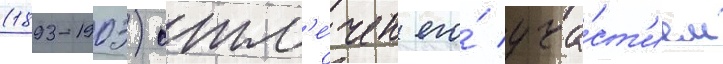
(1893-1903) отм'е́чен его́ уча́ст'ием